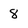
Character: 8